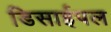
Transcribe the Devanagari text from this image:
डिसाईपल